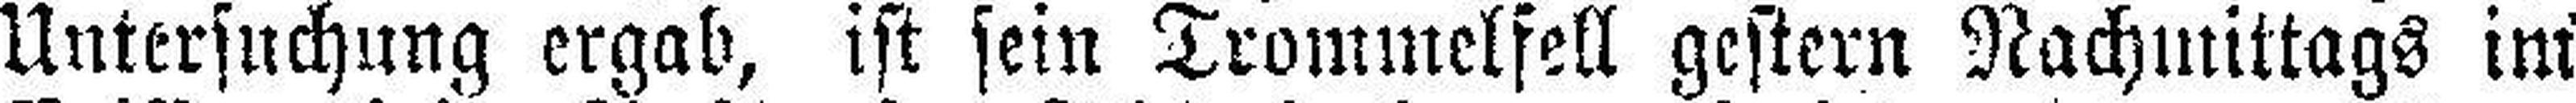
Untersuchung ergab, ist sein Trommelfell gestern Nachmittags im